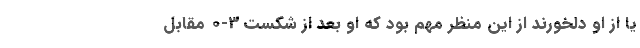
یا از او دلخورند از این منظر مهم بود که او بعد از شکست 3-0 مقابل